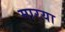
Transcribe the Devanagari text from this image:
मारया